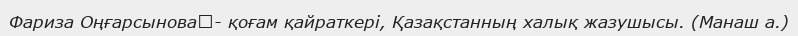
Фариза Оңғарсынова	- қоғам қайраткері, Қазақстанның халық жазушысы. (Манаш а.)